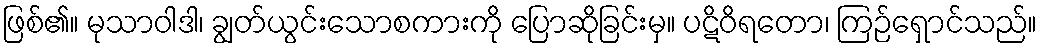
ဖြစ်၏။ မုသာဝါဒါ၊ ချွတ်ယွင်းသောစကားကို ပြောဆိုခြင်းမှ။ ပဋိဝိရတော၊ ကြဉ်ရှောင်သည်။